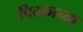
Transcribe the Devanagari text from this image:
पिटकाच्या